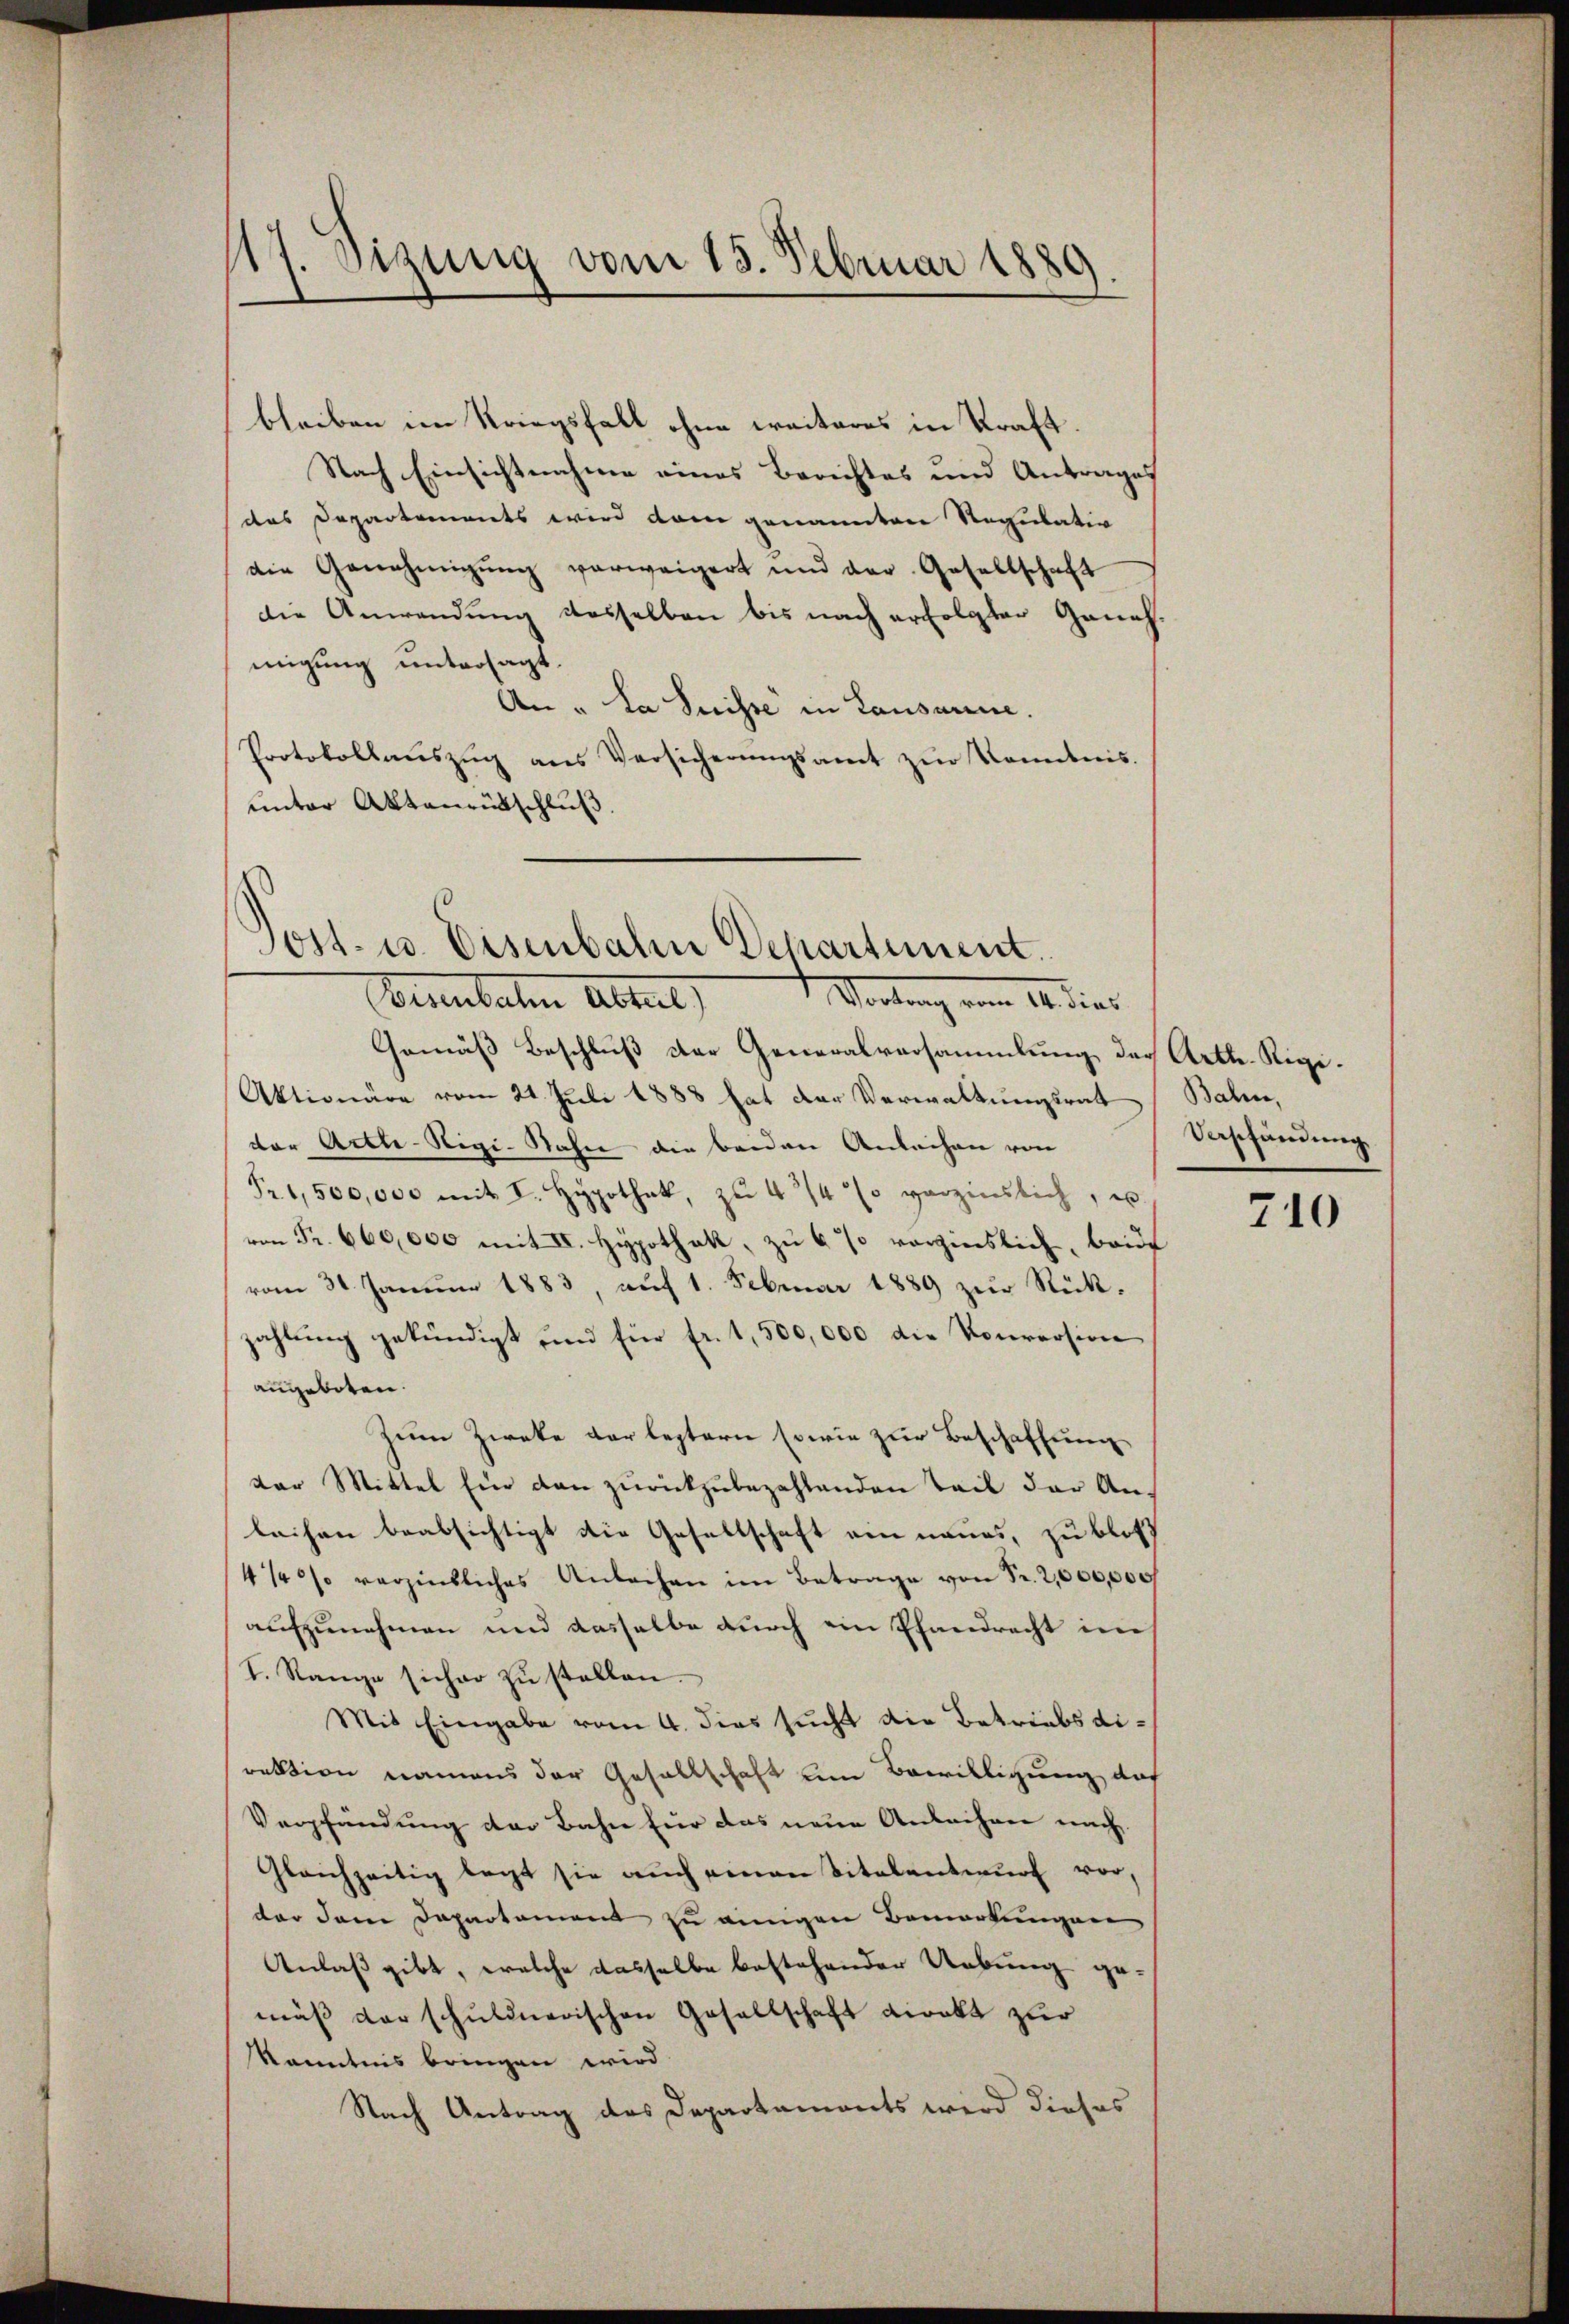
17. Sizung vom 13. Februar 1889.

bleiben im Kriegsfall ohne weiteres in Kraft.
Nach Einsichtnahme eines Berichtes und Antrages
des Departements wird dem genannten Regulativ
die Genehmigŭng verweigert und der Gesellschaft
die Anwendung desselben bis nach erfolgter Geneh-
migung untersagt.
An „La Suisse in Lausanne.
Protokollaŭszŭg ans Versicherŭngsamt zŭr Kenntnis.
unter Aktenrütschluß.

Gemäß Beschluß der Generalversammlung der Arth. Rigi¬
Aktionäre vom 21. Juli 1888 hat der Verwaltungsrat
der Arth-Nigi-Nahne die beiden Anleihen von
Pr. 1,500,000 mit I. Hypothek, zŭ 4/4 % verzinslich, u.
von Fr. 660,000 mit IV. Hypothek, zu 6 % verzinslich, brief
vom 31. Januar 1883, auf 1. Februar 1889 zur Rückzahlung gekündigt und für fr. 1,500,000 die Konversion
angeboten.
Zum Zweke der leztern sowie zur Beschaffung
dor Mittel Ein kan zurückzubezahlenden Teil der An-
leihen beabsichtigt die Gesellschaft ein neues, zu blos
4½ % verzinsliches Anbachen im Betrage von Fr. 2,000,000
aufzunehmen und dasselbe durch ein Pfandrecht in
I. Range sicher zŭ stellen.
Mit Eingabe vom 4. dies sucht die Betriebsdirektion namens der Gesellschaft um Bewilligung das
Verpfändung der Bahn für das neue Anleihen nach
Gleichzeitig legt sie aŭch einen Vitalantwurf vor,
der den Departament zu einigen Bemerkungen
Anlaß gibt, welche dasselbe bestehender Uebung ge-
mäß der schuldnerischen Gesellschaft direkt zur
Kenntnis bringen wird
Nach Antrag des Departemonts wird dieses

ost- u. Eisenbahre Departement.
Wortung vom 14. dies
Ettenbahn Altert

Bahn,
Vashändung

710